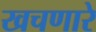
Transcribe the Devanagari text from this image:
खचणारे